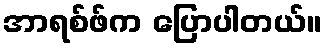
အာရစ်ဖ်က ပြောပါတယ်။